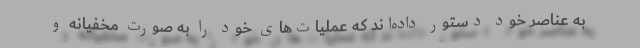
به عناصر خود دستور داده‌اند که عملیات‌های خود را به صورت مخفیانه و